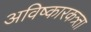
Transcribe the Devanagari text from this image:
अविष्कारकत्र्ता